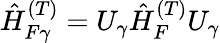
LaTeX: \hat{H}_{F\gamma}^{(T)}=U_{\gamma}\hat{H}_{F}^{(T)}U_{\gamma}